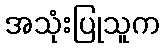
အသုံးပြုသူက